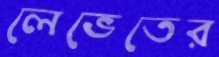
লেভেতের